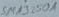
Text: SM1350A